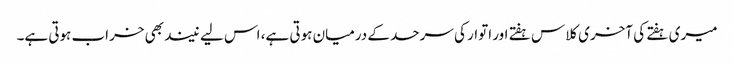
میری ہفتے کی آخری کلاس ہفتے اور اتوار کی سرحد کے درمیان ہوتی ہے، اس لیے نیند بھی خراب ہوتی ہے۔